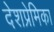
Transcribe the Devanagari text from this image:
देशप्रेमिका